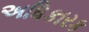
અધિકારક